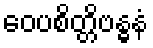
ဝေပစိတ္တိဗန္ဓနံ